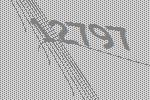
12797